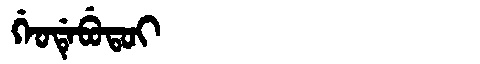
Manchu: ᡤᡝᠣᡩᡝᠪᡠᡨᠣᡳ
Romanization: GEODEBUTOI